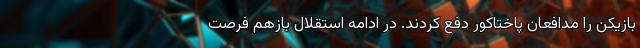
بازیکن را مدافعان پاختاکور دفع کردند. در ادامه استقلال بازهم فرصت